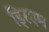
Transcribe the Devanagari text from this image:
ड्रिएम